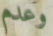
وعدم